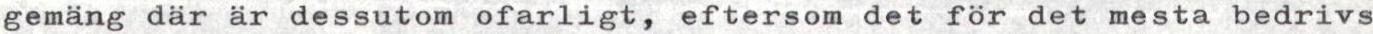
gemäng där är dessutom ofarligt, eftersom det för det mesta bedrivs